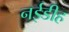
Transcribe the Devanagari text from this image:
नईडीह